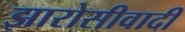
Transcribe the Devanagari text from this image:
झारोसीवादी